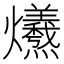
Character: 𤓚